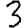
Digit: 3